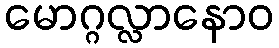
မောဂ္ဂလ္လာနောဝ